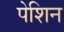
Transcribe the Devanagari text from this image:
पेशिन